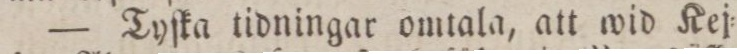
— Tyſka tidningar omtala, att wid Kej=